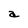
Character: a